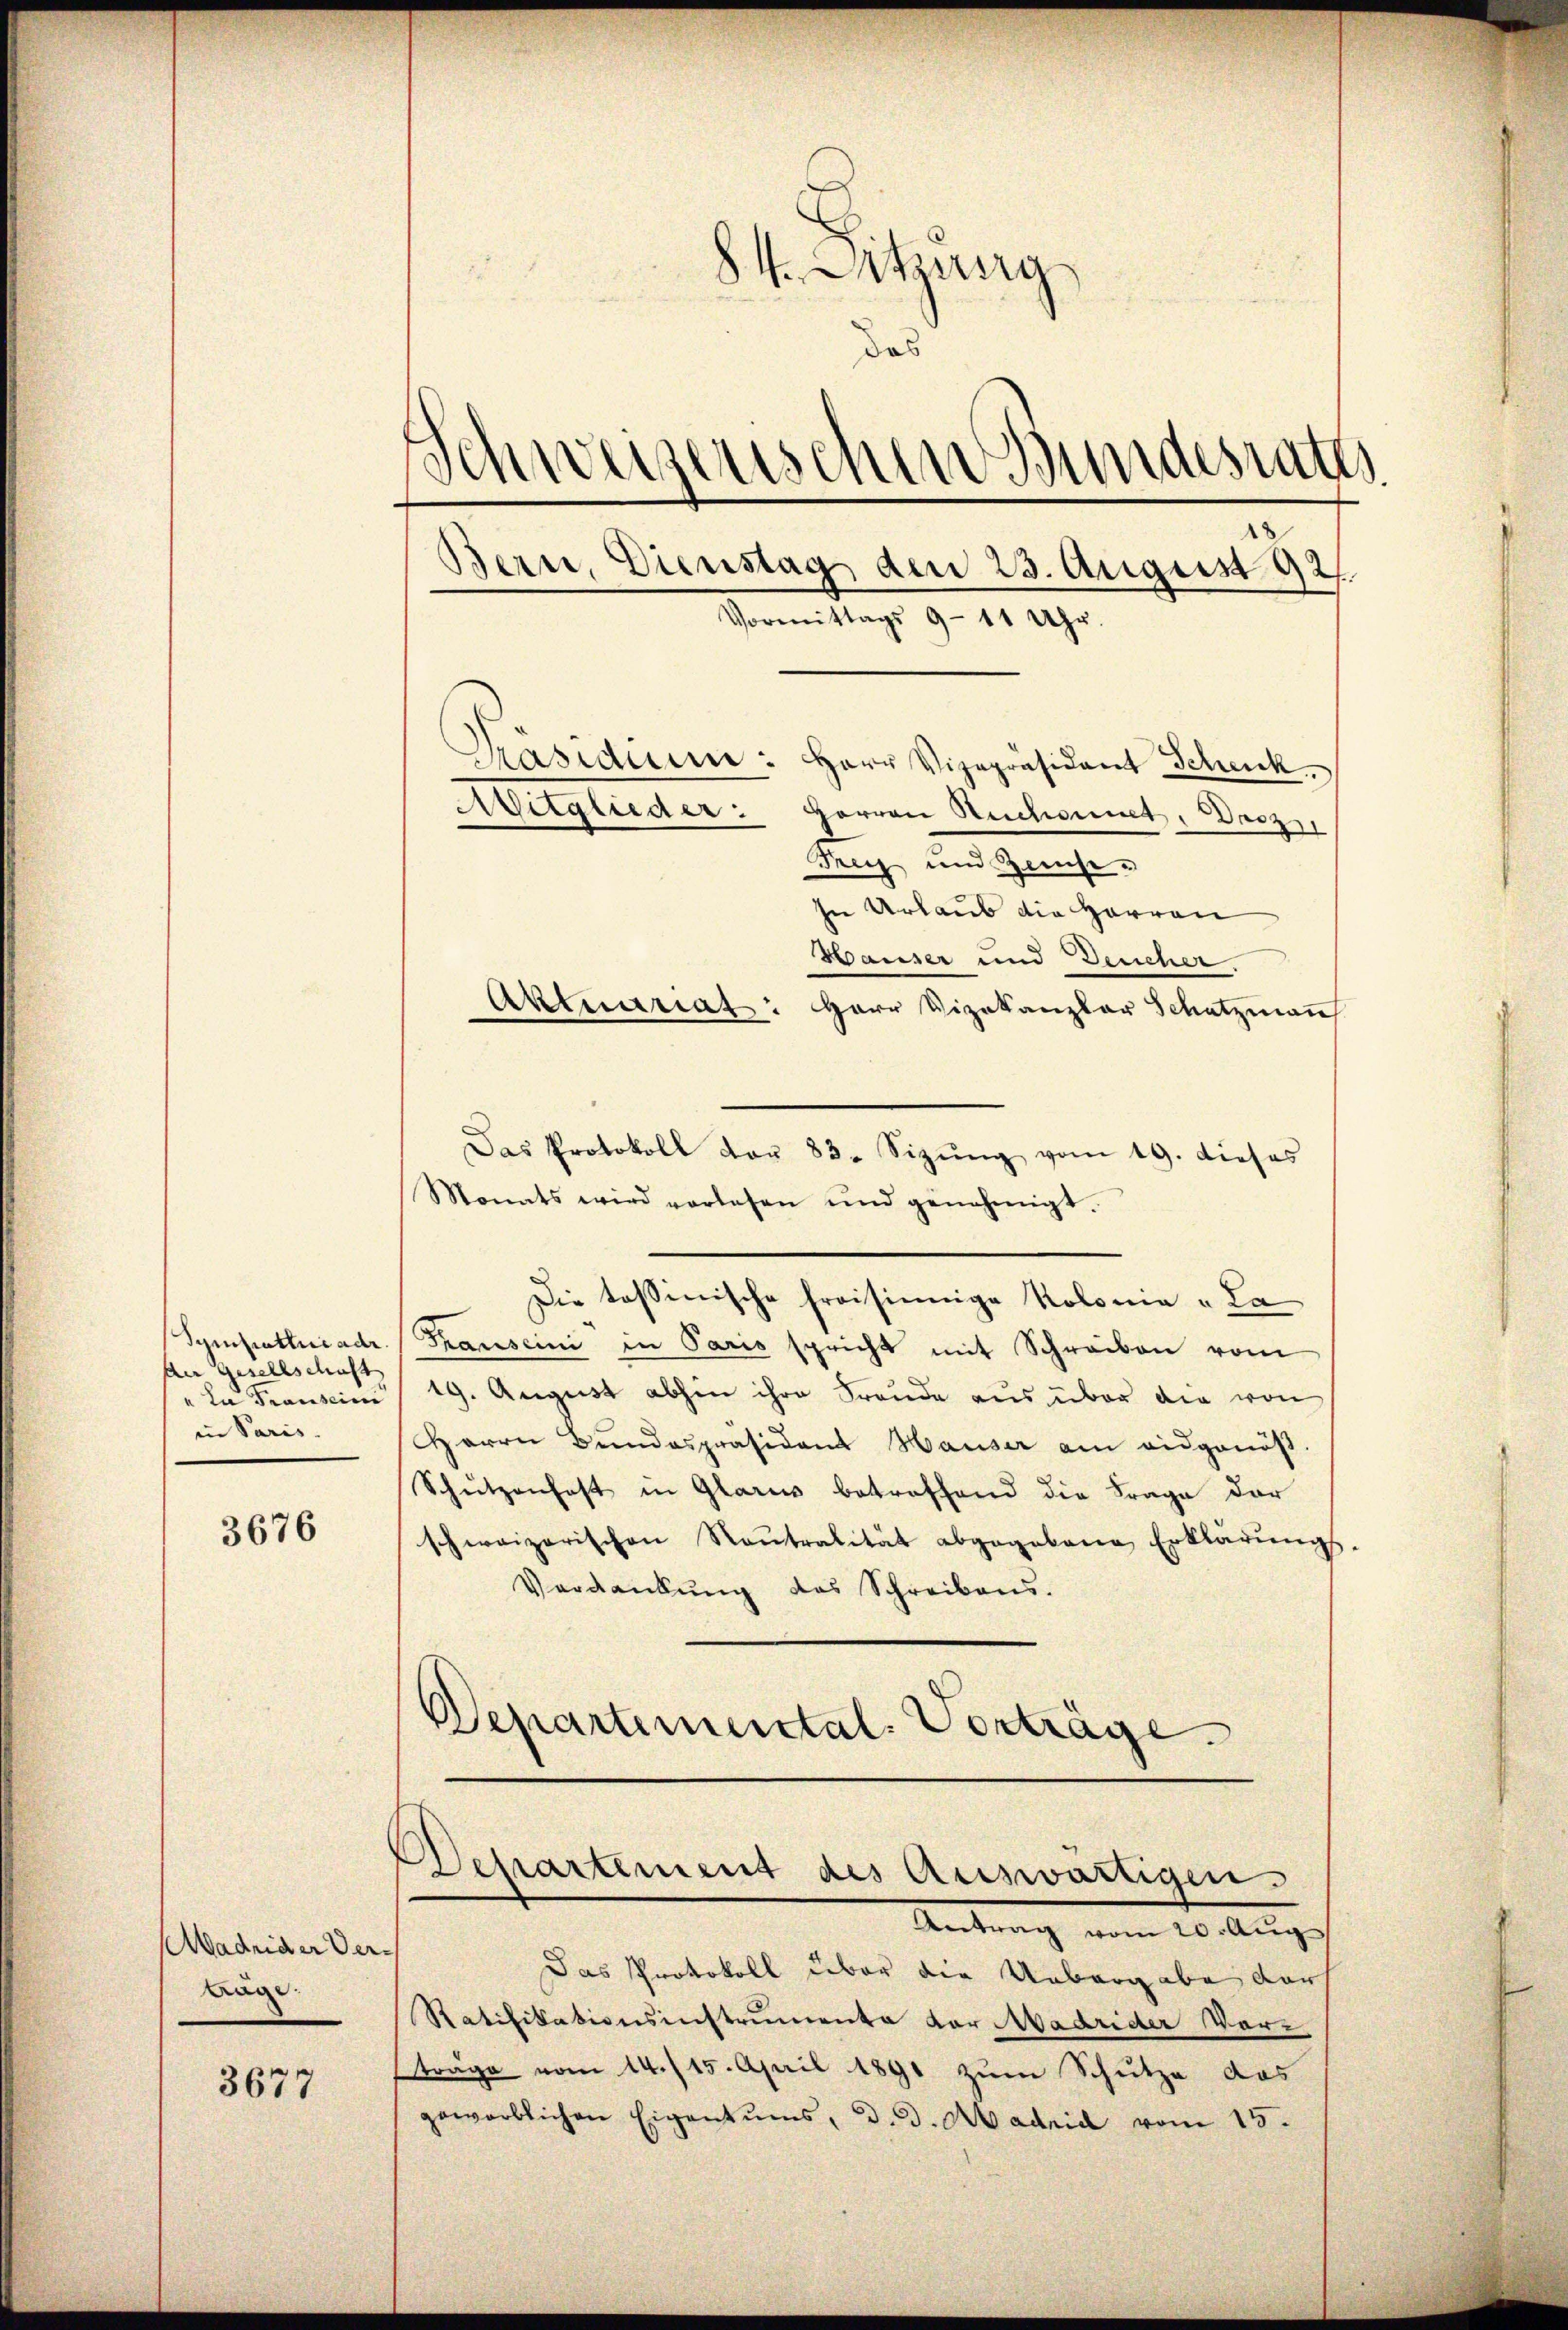
der Gesellschaft
in Paris.

3676

Madrider Ver¬
Auge.

3677

84. Sitzung
das
Schweizerischen Bundesrath
Bern, Dienstag den 23. August 192
Vormittags 9 - 11 Uhr.

Mitglieder: Herren Ruchornet. Dasz
Frey und Zinse-
In Urlaub die Herren
Hauser und Deucher
Aktuariat: Herr Vizekanzlar Schatzmann
Das Protokoll dar 83. Sizŭng vom 19. dieses
Monats wird vorlesen und genehmigt.
Die tessinische freisinnige Kolonia - La
Sympathiadi Pauseini in Paris spricht mit Schreiben vom
"la Transcini 19. August abhin ihre Freude aus über die von
Herrn Bŭndespräsident Hauser am eidgenöβ-
Schŭtzenhaft in Glarus betreffend die Frage der
schweizerischen Raŭtralität abgegebene Erklärŭngs-
Verdankŭng des Schreibens.
Departemental. Vorträge.

Präsidium: Herr Vizepräsident Schenk

Departement des Auswärtigen.

Antrag vom 20. Aug
Das Protokoll über die Uebergabe darf
Ratifikationsinstrumente der Madrider Vorträge vom 14. / 15. April 1891 zum Schutze das
geworblichen Eigentums, d. d. Madrid vom 15.